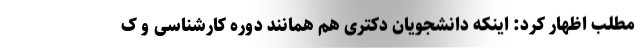
مطلب اظهار کرد: اینکه دانشجویان دکتری هم همانند دوره کارشناسی و ک